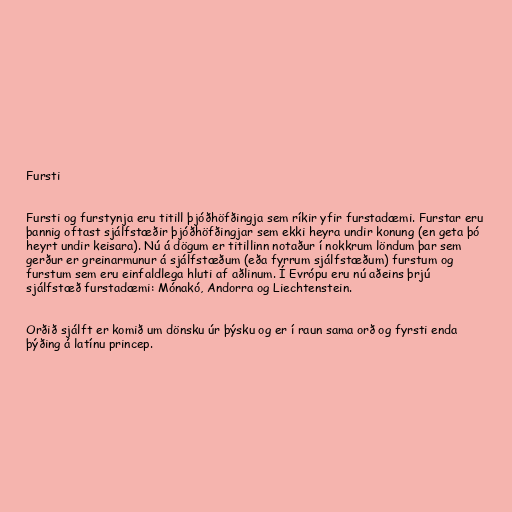
Fursti

Fursti og furstynja eru titill þjóðhöfðingja sem ríkir yfir furstadæmi. Furstar eru
þannig oftast sjálfstæðir þjóðhöfðingjar sem ekki heyra undir konung (en geta þó
heyrt undir keisara). Nú á dögum er titillinn notaður í nokkrum löndum þar sem
gerður er greinarmunur á sjálfstæðum (eða fyrrum sjálfstæðum) furstum og
furstum sem eru einfaldlega hluti af aðlinum. Í Evrópu eru nú aðeins þrjú
sjálfstæð furstadæmi: Mónakó, Andorra og Liechtenstein.

Orðið sjálft er komið um dönsku úr þýsku og er í raun sama orð og fyrsti enda
þýðing á latínu princep.